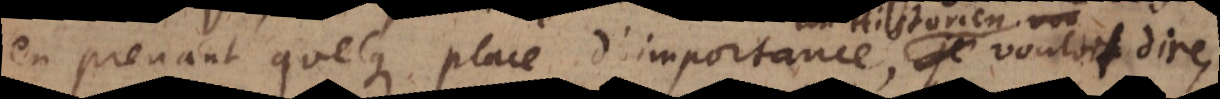
en prenant quelque place d’importance, je voulois